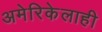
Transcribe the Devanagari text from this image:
अमेरिकेलाही